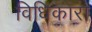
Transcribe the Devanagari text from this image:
विधिकारा